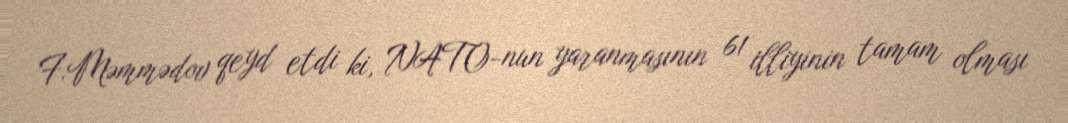
F.Məmmədov qeyd etdi ki, NATO-nun yaranmasının 61 illiyinin tamam olması